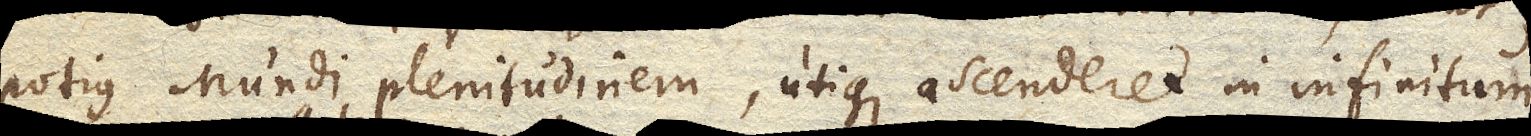
potius Mundi plenitudinem, utique ascenderet in infinitum;